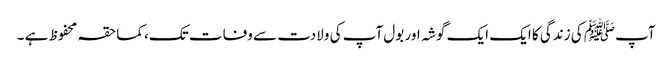
آپﷺ کی زندگی کا ایک ایک گوشہ اور بول آپ کی ولادت سے وفات تک، کماحقہ محفوظ ہے ۔